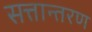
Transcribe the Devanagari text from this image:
सत्तान्तरण